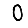
Digit: 0